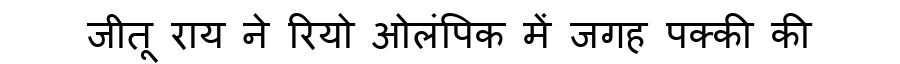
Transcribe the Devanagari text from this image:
जीतू राय ने रियो ओलंपिक में जगह पक्की की